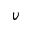
v